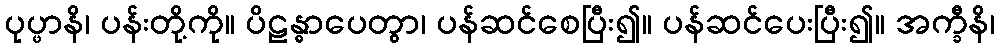
ပုပ္ဖာနိ၊ ပန်းတို့ကို။ ပိဠန္ဓာပေတွာ၊ ပန်ဆင်စေပြီး၍။ ပန်ဆင်ပေးပြီး၍။ အက္ခီနိ၊